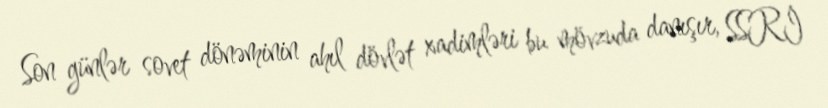
Son günlər sovet dönəminin ahıl dövlət xadimləri bu mövzuda danışır, SSRİ